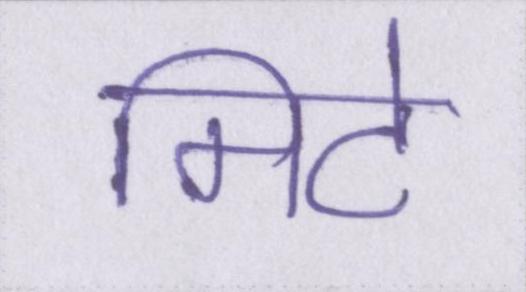
मिटे